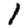
Digit: 1